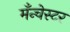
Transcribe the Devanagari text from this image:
मँन्चेस्टर